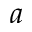
a